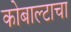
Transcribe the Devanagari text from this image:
कोबाल्टाचा